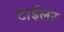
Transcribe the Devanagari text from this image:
टाईलर